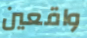
واقعين